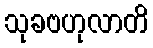
သုခဗဟုလာတိ